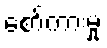
စော်ကားမှု